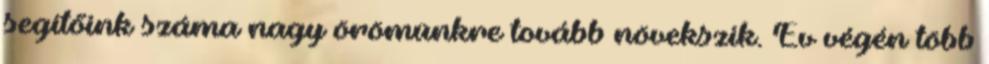
segítőink száma nagy örömünkre tovább növekszik. Év végén több